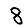
Digit: 8